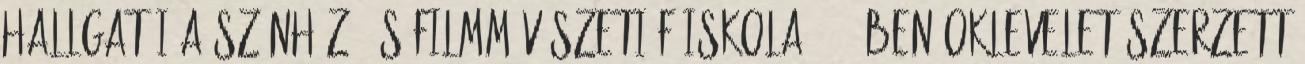
hallgatói A Színház- és Filmművészeti Főiskola 1970-ben oklevelet szerzett